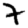
Digit: 7